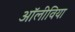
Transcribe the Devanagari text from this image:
अॉलीविया